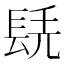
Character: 𨱷